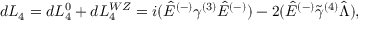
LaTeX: d { \cal L } _ { 4 } = d { \cal L } _ { 4 } ^ { 0 } + d { \cal L } _ { 4 } ^ { W Z } = i ( \hat { E } ^ { ( - ) } \gamma ^ { ( 3 ) } \hat { E } ^ { ( - ) } ) - 2 ( \hat { E } ^ { ( - ) } \tilde { \gamma } ^ { ( 4 ) } \hat { \Lambda } ) ,